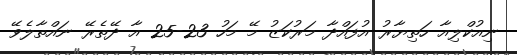
ނިއުކްލިއާ ހަތިޔާރު އުފައްދާ މަރުކަޒު މޭ މަހު 23-25 އާ ދޭތެރޭ ނައްތާލެވޭ